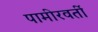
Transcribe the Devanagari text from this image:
पामीरवर्ती